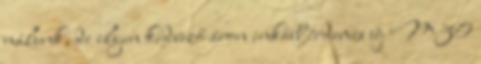
nálunk, de ilyen kedvező áron inkább érdemes új M30